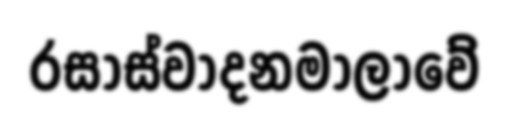
රසාස්වාදනමාලාවේ